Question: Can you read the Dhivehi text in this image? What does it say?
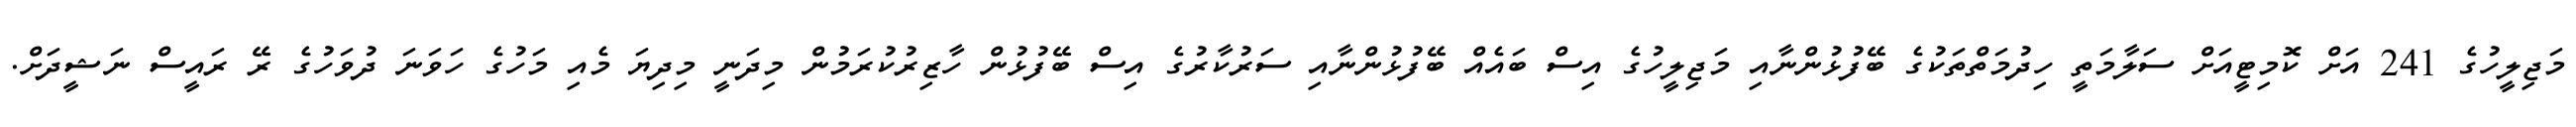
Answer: މަޖިލީހުގެ 241 އަށް ކޮމިޓީއަށް ސަލާމަތީ ހިދުމަތްތަކުގެ ބޭފުޅުންނާއި މަޖިލީހުގެ އިސް ބައެއް ބޭފުޅުންނާއި ސަރުކާރުގެ އިސް ބޭފުޅުން ހާޒިރުކުރަމުން މިދަނީ މިދިޔަ މެއި މަހުގެ ހަވަނަ ދުވަހުގެ ރޭ ރައީސް ނަޝީދަށް.